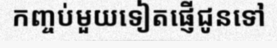
កញ្ចប់មួយទៀតផ្ញើជូនទៅ